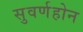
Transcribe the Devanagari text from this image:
सुवर्णहोन